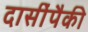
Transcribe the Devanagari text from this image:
दासींपैकी